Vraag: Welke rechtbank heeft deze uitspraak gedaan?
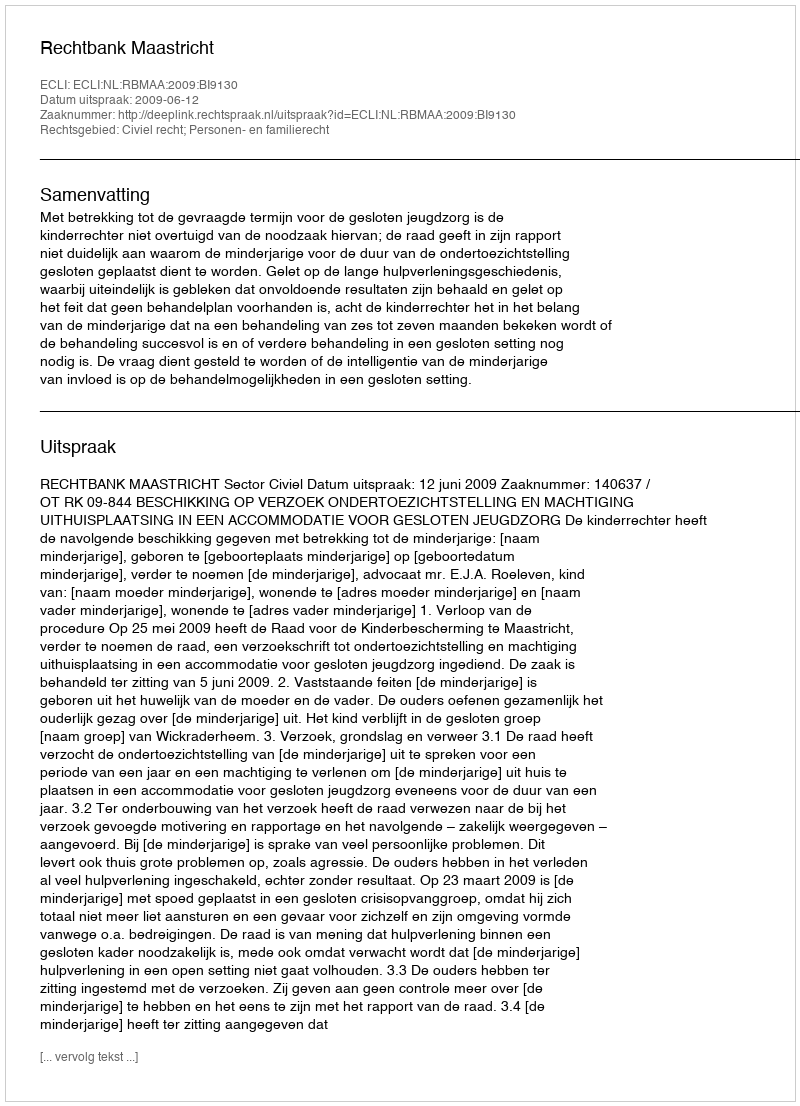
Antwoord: Rechtbank Maastricht